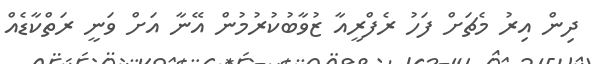
ދިން އިރު މެޗަށް ފަހު ރެފްރީއާ ޒުވާބުކުރުމުން އޭނާ އަށް ވަނީ ރަތްކާޑެއް